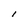
Character: l